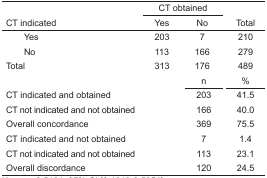
<table><thead><tr><td></td><td colspan="2"><b>CT obtained</b></td><td></td></tr><tr><td><b>CT indicated</b></td><td><b>Yes</b></td><td><b>No</b></td><td><b>Total</b></td></tr></thead><tbody><tr><td> Yes</td><td>203</td><td>7</td><td>210</td></tr><tr><td> No</td><td>113</td><td>166</td><td>279</td></tr><tr><td>Total</td><td>313</td><td>176</td><td>489</td></tr><tr><td></td><td></td><td>n</td><td>%</td></tr><tr><td>CT indicated and obtained</td><td></td><td>203</td><td>41.5</td></tr><tr><td>CT not indicated and not obtained</td><td></td><td>166</td><td>40.0</td></tr><tr><td>Overall concordance</td><td></td><td>369</td><td>75.5</td></tr><tr><td>CT indicated and not obtained</td><td></td><td>7</td><td>1.4</td></tr><tr><td>CT not indicated and not obtained</td><td></td><td>113</td><td>23.1</td></tr><tr><td>Overall discordance</td><td></td><td>120</td><td>24.5</td></tr></tbody></table>